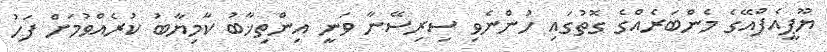
ޔޫޕީއެފްއޭގެ މެންބަރެއްގެ ގޮތުގައި ހުންނެވި ސިރިސޭނާ ވަނީ އިންތިޚާބު ކާމިޔާބު ކުރެއްވުމަށް ފަހު